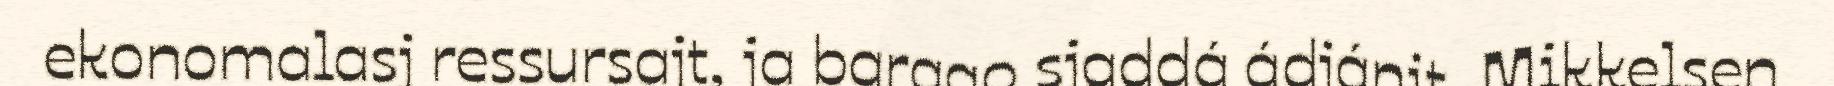
ekonomalasj ressursajt, ja barggo sjaddá ádjánit. Mikkelsen